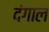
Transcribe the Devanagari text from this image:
दंगाल